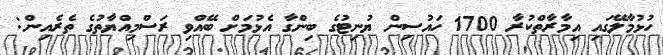
ހުޅުމާލޭގައި އިމާރާތްކުރާ 1700 ހައުސިން ޔުނިޓުގެ ބިންގާ އެޅުމަށް ބޭއްވި ރަސްމިއްޔާތުގެ ތެރެއިން: